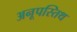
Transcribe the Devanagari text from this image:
अनूपस्तिथ